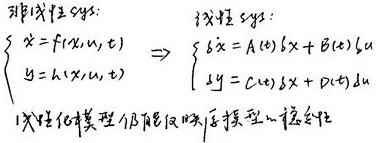
非线性系统：\(\begin{cases}\dot{x} = f(x, u, t)\\y = h(x, u, t)\end{cases}\Rightarrow\) 线性系统：\(\begin{cases}\delta\dot{x} = A(t)\delta x + B(t)\delta u\\\delta y = C(t)\delta x + D(t)\delta u\end{cases}\)，线性化模型仅反映原模型的线性化